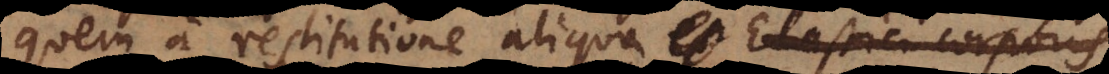
quem a restitutione aliqua Elastici corporis